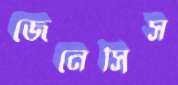
জেনেসিস